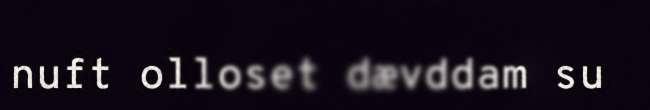
nuft olloset dævddam su